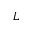
L